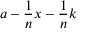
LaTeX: a - { \frac { 1 } { n } } x - { \frac { 1 } { n } } k